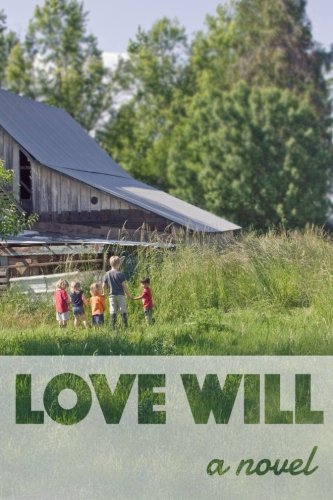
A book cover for Love Will; Cindy Brunk; Christian Books & Bibles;